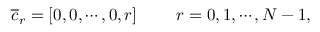
{ \overline { { c } } } _ { r } = [ 0 , 0 , \cdots , 0 , r ] \ \ \ \ \ \ \ r = 0 , 1 , \cdots , N - 1 ,